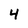
Character: 4